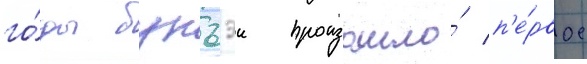
го́ды бунъэи произошло́ п'е́рвое